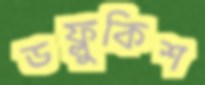
ডফ্লুকিশ